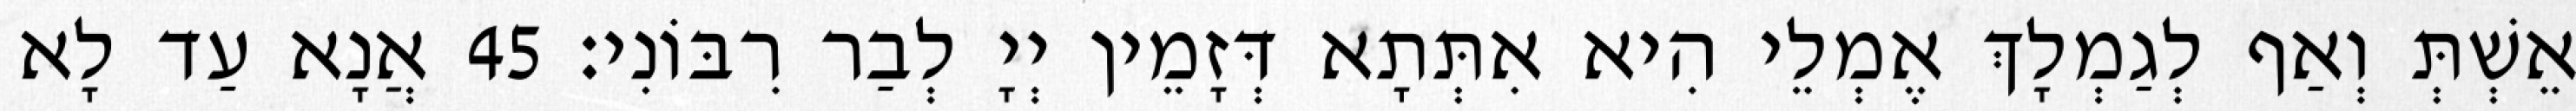
אֵשְׁתְּ וְאַף לְגַמְלָךְ אֶמְלֵי הִיא אִתְּתָא דְּזָמֵין יְיָ לְבַר רִבּוֹנִי׃ 45 אֲנָא עַד לָא